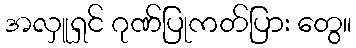
အလှူရှင် ဂုဏ်ပြုကတ်ပြား တွေ။